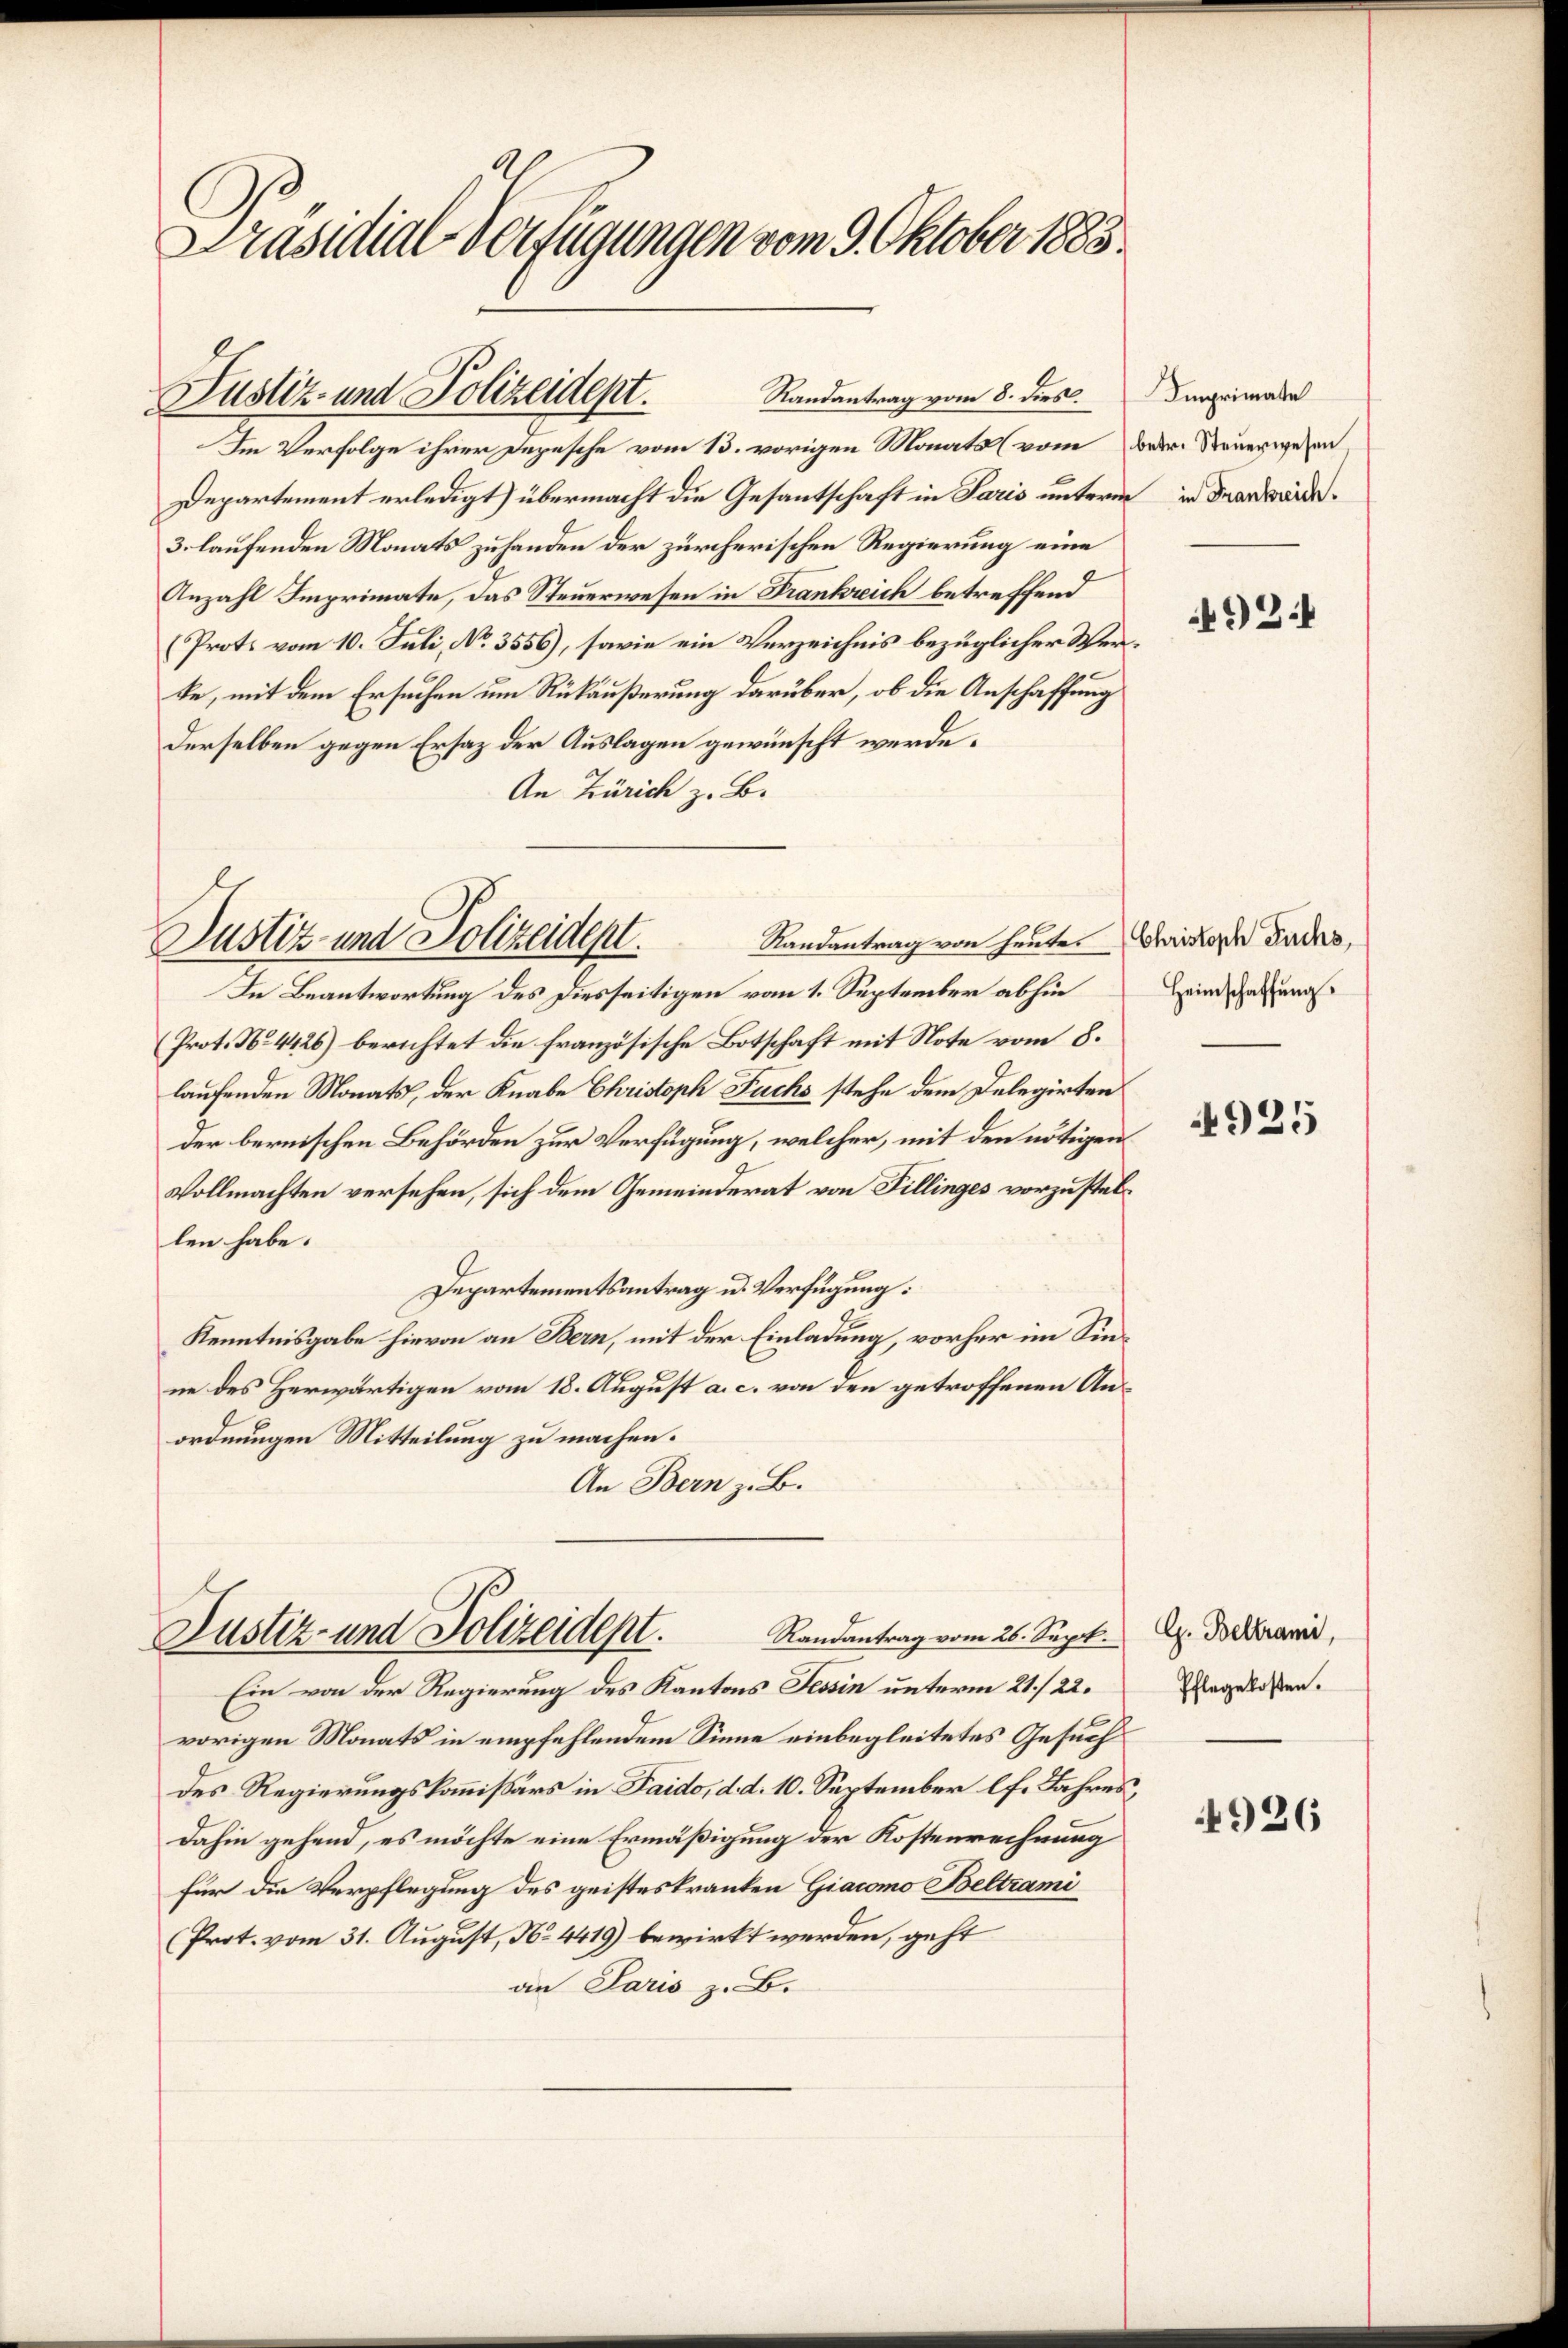
Präsidial-Verfügungen vom 9. Oktober 1883

Randantrag vom 8. dies
Justiz- und Polizeidept.

Im Verfolge ihrer Depesche vom 13. vorigen Monats (vom
Departement erledigt) übermacht die Gesantschaft in Paris untern in den werde.
3. laufenden Monats zuhanden der zürcherischen Regierung eine
Anzahl Imprimate, das Steuerwesen in Frankreich betreffend
(Prote vom 10. Juli, No. 3556), sowie ein Verzeichnis bezüglicher Verte, mit dem Ersuchen um Rückäußerung darüber, ob die Anschaffung
Derselben gegen Ersaz der Auslagen gewünscht werde.
An Zürich z. B.

Randantrag von heute. Christoph Fuchs,
Justiz- und Polizeident.

Ein von der Regierung des Kantons Tessin unterm 21./22.
vorigen Monats in empfehlendem Sinne einbegleitetes Gesuch
des Regierungskommißärs in Faido, d. d. 10. September lf. Jahres,
dahin gehend, es möchte eine Ermäßigung der Kostenrechnung
für die Verpflegung des geisteskranken Giacomo Beltrami
Prot. vom 31. August, No. 4419) bewirkt werden, geht
an Paris z. B.

In Beantwortung des Diesseitigen vom 1. September abhin
Prot. No. 4426) berichtet die französische Botschaft mit Note vom 8.
laufenden Monats, der Knabe Christoph Fuchs stehe dem Delegirten
der bernischen Behörden zur Verfügung, welcher, mit den nötigen
Vollmachten versehen, sich dem Gemeinderat von Tillinges vorzustellen habe.
Departementsantrag u. Verfügung:
Kenntnisgabe hievon an Bern, mit der Einladung, vorher im Sinne des Herwärtigen vom 18. August a. c. von den getroffenen Anordnungen Mitteilung zu machen.
An Bern z. B.

Justiz- und Polizeident.
Randantrag vom 26. Sept.

Imprimate
betr. Steuerwesen.

924

Heimschaffung

4925

G. Beltrami,
Pflegelosten.

4926